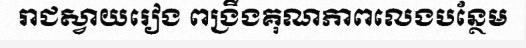
រាជស្វាយរៀង ពង្រឹងគុណភាពលេងបន្ថែម